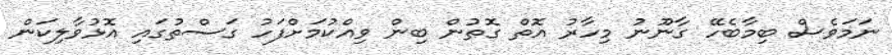
ނަމަވެސް ބިމާބެހޭ ގާނޫނު މިހާރު އޮތް ގޮތުން ބިން ވިއްކުމަށްފަހު ގަސްތުގައި އޮޅުވާލިކަން